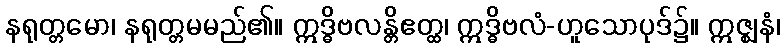
နရုတ္တမော၊ နရုတ္တမမည်၏။ ဣဒ္ဓိဗလန္တိဧတ္ထ၊ ဣဒ္ဓိဗလံ-ဟူသောပုဒ်၌။ ဣဇ္ဈနံ၊